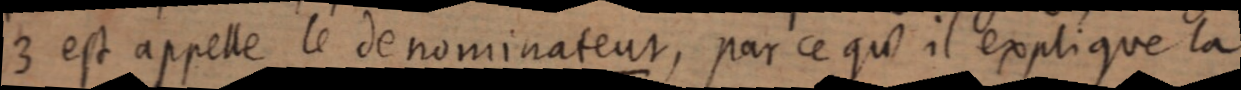
3 est appelle le denominateur, par ce qu’il explique la